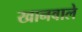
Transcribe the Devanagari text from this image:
खानवाले